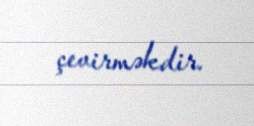
çevirməkdir.